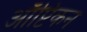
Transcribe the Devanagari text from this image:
ऑप्टिकन